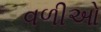
વળીઓ